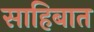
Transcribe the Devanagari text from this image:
साहिबात